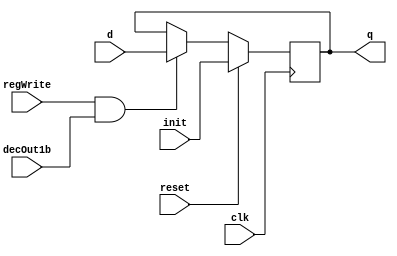

module D_ff_Mem (input clk, input reset, input regWrite, input decOut1b,input init, input d, output reg q);
	always @ (negedge clk)
	begin
	if(reset==1)
		q=init;
	else
		if(regWrite == 1 && decOut1b==1) begin q=d; end
	end
endmodule

module register_Mem(input clk,input reset,input regWrite,input decOut1b,input [15:0]init, input [15:0] d_in, output [15:0] q_out);
	D_ff_Mem dMem0 (clk,reset,regWrite,decOut1b,init[0],d_in[0],q_out[0]);
	D_ff_Mem dMem1 (clk,reset,regWrite,decOut1b,init[1],d_in[1],q_out[1]);
	D_ff_Mem dMem2 (clk,reset,regWrite,decOut1b,init[2],d_in[2],q_out[2]);
	D_ff_Mem dMem3 (clk,reset,regWrite,decOut1b,init[3],d_in[3],q_out[3]);
	
	D_ff_Mem dMem4 (clk,reset,regWrite,decOut1b,init[4],d_in[4],q_out[4]);
	D_ff_Mem dMem5 (clk,reset,regWrite,decOut1b,init[5],d_in[5],q_out[5]);
	D_ff_Mem dMem6 (clk,reset,regWrite,decOut1b,init[6],d_in[6],q_out[6]);
	D_ff_Mem dMem7 (clk,reset,regWrite,decOut1b,init[7],d_in[7],q_out[7]);

	D_ff_Mem dMem8 (clk,reset,regWrite,decOut1b,init[8],d_in[8],q_out[8]);
	D_ff_Mem dMem9 (clk,reset,regWrite,decOut1b,init[9],d_in[9],q_out[9]);
	D_ff_Mem dMem10 (clk,reset,regWrite,decOut1b,init[10],d_in[10],q_out[10]);
	D_ff_Mem dMem11 (clk,reset,regWrite,decOut1b,init[11],d_in[11],q_out[11]);
	
	D_ff_Mem dMem12 (clk,reset,regWrite,decOut1b,init[12],d_in[12],q_out[12]);
	D_ff_Mem dMem13 (clk,reset,regWrite,decOut1b,init[13],d_in[13],q_out[13]);
	D_ff_Mem dMem14 (clk,reset,regWrite,decOut1b,init[14],d_in[14],q_out[14]);
	D_ff_Mem dMem15 (clk,reset,regWrite,decOut1b,init[15],d_in[15],q_out[15]);
	
endmodule

module Mem(input clk, input reset,input memWrite,input memRead, input [15:0] pc, input [15:0] dataIn,output [15:0] IR );
	wire [15:0] Qout0, Qout1, Qout2, Qout3, Qout4, Qout5, Qout6, Qout7,
					Qout8, Qout9, Qout10, Qout11, Qout12, Qout13, Qout14, Qout15,decOut;
	
	decoder4to16 dec0( pc[4:1], decOut);
	
	register_Mem r0(clk,reset,memWrite,decOut[0],16'b 101_0000_1000_01111,dataIn,Qout0); //addi $r8,$r0,15
	register_Mem r1(clk,reset,memWrite,decOut[1],16'b 101_0000_0101_00101,dataIn,Qout1); //addi $r5,$r0,5
	register_Mem r2(clk,reset,memWrite,decOut[2],16'b 101_0000_0010_00010,dataIn,Qout2); //addi $r2,$r0,2
	register_Mem r3(clk,reset,memWrite,decOut[3],16'b 101_0000_0000_00000,dataIn,Qout3); //addi $r0,$r0,0
	
	register_Mem r4(clk,reset,memWrite,decOut[4],16'b 001_1000_1000_00000,dataIn,Qout4); //mul $r8,$r8
	register_Mem r5(clk,reset,memWrite,decOut[5],16'b 100_0000_0000_01001,dataIn,Qout5); //mflo $r9
	register_Mem r6(clk,reset,memWrite,decOut[6],16'b 000_0101_0101_01010,dataIn,Qout6); //add $r10,$r5,$r5
	register_Mem r7(clk,reset,memWrite,decOut[7],16'b 101_0000_0100_00100,dataIn,Qout7);  //addi $r4,$r0,4
	
	register_Mem r8(clk,reset,memWrite,decOut[8],16'b 111_0000_0101_00000,dataIn,Qout8); //sw $r5,$r0(0)
	register_Mem r9(clk,reset,memWrite,decOut[9],16'b 010_1000_0010_00000,dataIn,Qout9); //div $r8,$r2
	register_Mem r10(clk,reset,memWrite,decOut[10],16'b 011_0000_0000_00001,dataIn,Qout10); //mfhi $r1
	register_Mem r11(clk,reset,memWrite,decOut[11],16'b 100_0000_0000_00111,dataIn,Qout11); //mflo $r7
	
	register_Mem r12(clk,reset,memWrite,decOut[12],16'b 000_0000_0000_00000,dataIn,Qout12);	//add $r0,$r0,$r0
	register_Mem r13(clk,reset,memWrite,decOut[13],16'b 110_0000_0110_00000,dataIn,Qout13); //lw $r6,$r0(0)
	register_Mem r14(clk,reset,memWrite,decOut[14],16'b 000_0101_0001_00101,dataIn,Qout14); //add $r5,$r5,$r1
	register_Mem r15(clk,reset,memWrite,decOut[15],16'b 000_0010_0001_00011,dataIn,Qout15); //add $r3,$r2,$r1
	
	mux16to1 mMem (Qout0,Qout1,Qout2,Qout3,Qout4,Qout5,Qout6,Qout7,Qout8,Qout9,Qout10,Qout11,Qout12,Qout13,Qout14,Qout15,pc[4:1],IR);
endmodule

//Memory Design Ends

// Register File Design
module D_ff (input clk, input reset, input regWrite, input decOut1b, input d, output reg q);
	always @ (negedge clk)
	begin
	if(reset==1'b1)
		q=0;
	else
		if(regWrite == 1'b1 && decOut1b==1'b1) begin q=d; end
	end
endmodule

module register16bit( input clk, input reset, input regWrite, input decOut1b, input [15:0] writeData, output  [15:0] outR );
	D_ff d0(clk, reset, regWrite, decOut1b, writeData[0], outR[0]);
	D_ff d1(clk, reset, regWrite, decOut1b, writeData[1], outR[1]);
	D_ff d2(clk, reset, regWrite, decOut1b, writeData[2], outR[2]);
	D_ff d3(clk, reset, regWrite, decOut1b, writeData[3], outR[3]);
	D_ff d4(clk, reset, regWrite, decOut1b, writeData[4], outR[4]);
	D_ff d5(clk, reset, regWrite, decOut1b, writeData[5], outR[5]);
	D_ff d6(clk, reset, regWrite, decOut1b, writeData[6], outR[6]);
	D_ff d7(clk, reset, regWrite, decOut1b, writeData[7], outR[7]);
	D_ff d8(clk, reset, regWrite, decOut1b, writeData[8], outR[8]);
	D_ff d9(clk, reset, regWrite, decOut1b, writeData[9], outR[9]);
	D_ff d10(clk, reset, regWrite, decOut1b, writeData[10], outR[10]);
	D_ff d11(clk, reset, regWrite, decOut1b, writeData[11], outR[11]);
	D_ff d12(clk, reset, regWrite, decOut1b, writeData[12], outR[12]);
	D_ff d13(clk, reset, regWrite, decOut1b, writeData[13], outR[13]);
	D_ff d14(clk, reset, regWrite, decOut1b, writeData[14], outR[14]);
	D_ff d15(clk, reset, regWrite, decOut1b, writeData[15], outR[15]);
endmodule

module registerSet( input clk, input reset, input regWrite, input [15:0] decOut, input [15:0] writeData,  output [15:0] outR0,outR1,outR2,outR3,outR4,outR5,outR6,outR7,outR8,outR9,outR10,outR11,outR12,outR13,outR14,outR15 );
		register16bit r0 (clk, reset, 1'b0, decOut[0] , writeData , outR0 );
		register16bit r1 (clk, reset, regWrite, decOut[1] , writeData , outR1 );
		register16bit r2 (clk, reset, regWrite, decOut[2] , writeData , outR2 );
		register16bit r3 (clk, reset, regWrite, decOut[3] , writeData , outR3 );
		register16bit r4 (clk, reset, regWrite, decOut[4] , writeData , outR4 );
		register16bit r5 (clk, reset, regWrite, decOut[5] , writeData , outR5 );
		register16bit r6 (clk, reset, regWrite, decOut[6] , writeData , outR6 );
		register16bit r7 (clk, reset, regWrite, decOut[7] , writeData , outR7 );
		register16bit r8 (clk, reset, regWrite, decOut[8] , writeData , outR8 );
		register16bit r9 (clk, reset, regWrite, decOut[9] , writeData , outR9 );
		register16bit r10 (clk, reset, regWrite, decOut[10] , writeData , outR10 );
		register16bit r11(clk, reset, regWrite, decOut[11] , writeData , outR11 );
		register16bit r12 (clk, reset, regWrite, decOut[12] , writeData , outR12 );
		register16bit r13 (clk, reset, regWrite, decOut[13] , writeData , outR13 );
		register16bit r14 (clk, reset, regWrite, decOut[14] , writeData , outR14 );
		register16bit r15 (clk, reset, regWrite, decOut[15] , writeData , outR15 );
endmodule

module decoder4to16( input [3:0] destReg, output reg [15:0] decOut);
	always@(destReg)
	case(destReg)
			4'b0000: decOut=16'b0000000000000001; 
			4'b0001: decOut=16'b0000000000000010;
			4'b0010: decOut=16'b0000000000000100;
			4'b0011: decOut=16'b0000000000001000;
			4'b0100: decOut=16'b0000000000010000;
			4'b0101: decOut=16'b0000000000100000;
			4'b0110: decOut=16'b0000000001000000;
			4'b0111: decOut=16'b0000000010000000;
			4'b1000: decOut=16'b0000000100000000; 
			4'b1001: decOut=16'b0000001000000000;
			4'b1010: decOut=16'b0000010000000000;
			4'b1011: decOut=16'b0000100000000000;
			4'b1100: decOut=16'b0001000000000000;
			4'b1101: decOut=16'b0010000000000000;
			4'b1110: decOut=16'b0100000000000000;
			4'b1111: decOut=16'b1000000000000000;
	endcase
endmodule

module mux16to1( input [15:0] outR0,outR1,outR2,outR3,outR4,outR5,outR6,outR7,outR8,outR9,outR10,outR11,outR12,outR13,outR14,outR15, input [3:0] Sel, output reg [15:0] outBus );
	always@(outR0 or outR1 or outR2 or outR3 or outR4 or outR5 or outR6 or outR7 or outR8 or outR9 or outR10 or outR11 or outR12 or outR13 or outR14 or outR15 or Sel)
	case (Sel)
				4'b0000: outBus=outR0;
				4'b0001: outBus=outR1;
				4'b0010: outBus=outR2;
				4'b0011: outBus=outR3;
				4'b0100: outBus=outR4;
				4'b0101: outBus=outR5;
				4'b0110: outBus=outR6;
				4'b0111: outBus=outR7;
				4'b1000: outBus=outR8;
				4'b1001: outBus=outR9;
				4'b1010: outBus=outR10;
				4'b1011: outBus=outR11;
				4'b1100: outBus=outR12;
				4'b1101: outBus=outR13;
				4'b1110: outBus=outR14;
				4'b1111: outBus=outR15;
	endcase
endmodule

module registerFile(input clk, input reset, input regWrite, input [3:0] srcRegA, input [3:0] srcRegB, 
		input [3:0] destReg,  input [15:0] writeData, output [15:0] outBusA, output [15:0] outBusB );
	wire [15:0] decOut;
	wire [15:0] outR0,outR1,outR2,outR3,outR4,outR5,outR6,outR7,outR8,outR9,outR10,outR11,outR12,outR13,outR14,outR15;
	decoder4to16 d0 (destReg,decOut);
	registerSet rSet0(clk, reset, regWrite, decOut, writeData, outR0,outR1,outR2,outR3,outR4,outR5,outR6,outR7,outR8,outR9,outR10,outR11,outR12,outR13,outR14,outR15);
	mux16to1 m1(outR0,outR1,outR2,outR3,outR4,outR5,outR6,outR7,outR8,outR9,outR10,outR11,outR12,outR13,outR14,outR15,srcRegA,outBusA);
	mux16to1 m2(outR0,outR1,outR2,outR3,outR4,outR5,outR6,outR7,outR8,outR9,outR10,outR11,outR12,outR13,outR14,outR15,srcRegB,outBusB);
endmodule
//Register File Design Ends

//Register 4 bits
module register4bit( input clk, input reset, input regWrite, input decOut1b, input [3:0] writeData, output  [3:0] outR );
	D_ff d0(clk, reset, regWrite, decOut1b, writeData[0], outR[0]);
	D_ff d1(clk, reset, regWrite, decOut1b, writeData[1], outR[1]);
	D_ff d2(clk, reset, regWrite, decOut1b, writeData[2], outR[2]);
	D_ff d3(clk, reset, regWrite, decOut1b, writeData[3], outR[3]);
endmodule

//Register 1 bit
module register1bit( input clk, input reset, input regWrite, input decOut1b, input writeData, output outR );
	D_ff d0(clk, reset, regWrite, decOut1b, writeData, outR);
endmodule

//Register 2 bits
module register2bit( input clk, input reset, input regWrite, input decOut1b, input [1:0]writeData, output [1:0] outR );
	D_ff d0(clk, reset, regWrite, decOut1b, writeData[0], outR[0]);
	D_ff d1(clk, reset, regWrite, decOut1b, writeData[1], outR[1]);
endmodule

module adder(input [15:0] in1, input [15:0] in2, output reg [15:0] adder_out);
	always@(in1 or in2)
		adder_out = in1 +in2;
endmodule

module signExt5to16( input [4:0] offset, output reg [15:0] signExtOffset);
	always@(offset)
	begin
			signExtOffset={{11{offset[4]}},offset[4:0]};
	end
endmodule

module mux2to1_16bits(input [15:0] in1, input [15:0] in2, input sel, output reg [15:0] muxout);
	 always@(in1 or in2 or sel)
	 begin
		case(sel)
			1'b0 : muxout = in1;
			1'b1 : muxout = in2;			
		endcase
	 end
endmodule

module mux2to1_4bits(input [3:0] in1, input [3:0] in2, input sel, output reg [3:0] muxout);
	 always@(in1 or in2 or sel)
	 begin
		case(sel)
			0 : muxout = in1;
			1 : muxout = in2;
		endcase
	 end
endmodule

//For Multiplication lo register stores least significant 16 bits of result and hi register stores most significant 16 bits of result
//For Division lo register stores quotient of result and hi register stores remainder of result
module alu(input [15:0] aluIn1, input [15:0] aluIn2, input [1:0] aluOp, output reg [15:0] aluOut1,output reg [15:0] aluOut2);
 reg [31:0] temp;
	always@(aluIn1 or aluIn2 or aluOp)
	begin
		case(aluOp)
			2'b00: aluOut1 = aluIn1 + aluIn2;
			2'b01: 
			begin
				temp = aluIn1 * aluIn2;
				aluOut1 = temp[15:0];
				aluOut2 = temp[31:16];
			end
			2'b10:
			begin
				aluOut1 = aluIn1 / aluIn2;
				aluOut2 = aluIn1 % aluIn2;
			end					 
		endcase
	end
endmodule

module mux4to1_16bits(input [15:0] in1, input [15:0] in2, input [15:0] in3,input [15:0] in4, input [1:0] sel, output reg [15:0] muxout);
	 always@(in1 or in2 or in3 or in4 or sel)
	 begin
		case(sel)
			2'b00 : muxout = in1;
			2'b01 : muxout = in2;
			2'b10 : muxout = in3;
			2'b11 : muxout = in4;
		endcase
	 end
endmodule


module ctrlCkt	( 	input [2:0] opcode, output reg aluSrcB, output reg [1:0] aluOp, output reg hiWrite, output reg loWrite, output reg regDst, output reg memRead, output reg memWrite,output reg regWrite, output reg[1:0] toReg);
	
	//Write your code here
	always@(opcode)
	case(opcode)
	   3'b000: 
	   begin 
	     aluSrcB = 0;
	     aluOp = 0;
	     regDst = 1;
	     hiWrite = 0;
	     loWrite = 0;
	     memRead = 0;
	     memWrite = 0;
	     regWrite = 1;
	     toReg = 2'b11;
	   end  
	   
	   3'b001: 
	   begin 
	     aluSrcB = 0;
	     aluOp = 1;
	     regDst = 0;
	     hiWrite = 1;
	     loWrite = 1;
	     memRead = 0;
	     memWrite = 0;
	     regWrite = 0;
	     toReg = 2'b00;
	   end  
	   
	   3'b010: 
	   begin 
	     aluSrcB = 0;
	     aluOp = 2'b10;
	     regDst = 0;
	     hiWrite = 1;
	     loWrite = 1;
	     memRead = 0;
	     memWrite = 0;
	     regWrite = 0;
	     toReg = 2'b00;
	   end  
	   
	   3'b011: 
	   begin 
	     aluSrcB = 0;
	     aluOp = 0;
	     regDst = 1;
	     hiWrite = 0;
	     loWrite = 0;
	     memRead = 0;
	     memWrite = 0;
	     regWrite = 1;
	     toReg = 2'b00;
	   end  
	   
	   3'b100: 
	   begin 
	     aluSrcB = 0;
	     aluOp = 0;
	     regDst = 1;
	     hiWrite = 0;
	     loWrite = 0;
	     memRead = 0;
	     memWrite = 0;
	     regWrite = 1;
	     toReg = 2'b01;
	   end  
	   
	   3'b101: 
	   begin 
	     aluSrcB = 1;
	     aluOp = 0;
	     regDst = 0;
	     hiWrite = 0;
	     loWrite = 0;
	     memRead = 0;
	     memWrite = 0;
	     regWrite = 1;
	     toReg = 2'b11;
	   end  
	   
	   3'b110: 
	   begin 
	     aluSrcB = 1;
	     aluOp = 0;
	     regDst = 0;
	     hiWrite = 0;
	     loWrite = 0;
	     memRead = 1;
	     memWrite = 0;
	     regWrite = 1;
	     toReg = 2'b10;
	   end  
	
	
	3'b111: 
	   begin 
	     aluSrcB = 1;
	     aluOp = 0;
	     regDst = 0;
	     hiWrite = 0;
	     loWrite = 0;
	     memRead = 0;
	     memWrite = 1;
	     regWrite = 0;
	     toReg = 2'b00;
	   end 
	    
	   endcase
	   
endmodule

module IF_ID(input clk, input reset,input regWrite, input decOut1b,input [15:0] instr, output [15:0] p0_intr);

	//Write your code here
	
	//register16bit( input clk, input reset, input regWrite, input decOut1b, input [15:0] writeData, output  [15:0] outR );
	register16bit register16bit_IF_ID(clk, reset, regWrite, decOut1b, instr, p0_intr);
	
endmodule

module ID_EX(input clk, input reset,input regWrite, input decOut1b,input [15:0] regOut1,input [15:0] regOut2,
  input [15:0] sExtOut,input [3:0] inst_Rt,input [3:0] inst_Rd,input ctr_aluSrcB,input [1:0] ctr_aluOp, input ctr_hiWrite, input ctr_loWrite, 
  input ctr_regDst, input ctr_memRead, input ctr_memWrite,input ctr_regWrite, input[1:0] ctr_toReg,
  output [15:0] p1_regOut1,output [15:0] p1_regOut2,output [15:0] p1_sExtOut,output [3:0] p1_rt,output [3:0] p1_rd,
  output p1_aluSrcB, output [1:0] p1_aluOp, output p1_hiWrite, output p1_loWrite, output p1_regDst, output p1_memRead,
  output p1_memWrite,output p1_regWrite, output[1:0] p1_toReg);

	//Write your code here
	register16bit register16bit_ID_EX_1(clk, reset, regWrite, decOut1b, regOut1, p1_regOut1);    //Reg[Rs]
	register16bit register16bit_ID_EX_2(clk, reset, regWrite, decOut1b, regOut2, p1_regOut2);    //Reg[Rt]
	register16bit register16bit_ID_EX_3(clk, reset, regWrite, decOut1b, sExtOut, p1_sExtOut);    //sExt value
	
	//register4bit( input clk, input reset, input regWrite, input decOut1b, input [3:0] writeData, output  [3:0] outR );
	register4bit register4bit_RT(clk, reset, regWrite, decOut1b, inst_Rt, p1_rt);
  register4bit register4bit_RD(clk, reset, regWrite, decOut1b, inst_Rd, p1_rd);
  
  //Control signals
  register1bit register1bit_aluSrcB(clk, reset, regWrite, decOut1b, ctr_aluSrcB, p1_aluSrcB);
  register2bit register2bit_aluOp(clk, reset, regWrite, decOut1b, ctr_aluOp, p1_aluOp);
  	
	register1bit register1bit_ctr_hiWrite(clk, reset, regWrite, decOut1b, ctr_hiWrite, p1_hiWrite);
  register1bit register1bit_ctr_loWrite(clk, reset, regWrite, decOut1b, ctr_loWrite, p1_loWrite);
  
	register1bit register1bit_ctr_regDst(clk, reset, regWrite, decOut1b, ctr_regDst, p1_regDst);
	register1bit register1bit_ctr_memRead(clk, reset, regWrite, decOut1b, ctr_memRead, p1_memRead);	
	register1bit register1bit_ctr_memWrite(clk, reset, regWrite, decOut1b, ctr_memWrite, p1_memWrite);	

  register1bit register1bit_ctr_ctr_regWrite(clk, reset, regWrite, decOut1b, ctr_regWrite, p1_regWrite);	
  register2bit register2bit_ctr_toReg(clk, reset, regWrite, decOut1b, ctr_toReg, p1_toReg);

endmodule

module EX_MEM(input clk, input reset,input regWrite, input decOut1b,input [15:0] hiOut, input [15:0] loOut,
   input [15:0] aluOut,input [15:0] p1_regOut2,input [3:0] mux4bOut,input p1_memRead, input p1_memWrite,input p1_regWrite,
	input[1:0] p1_toReg,output[15:0] p2_hiOut,output [15:0] p2_loOut,output [15:0] p2_aluOut,
	output [15:0] p2_regOut2,output[3:0] p2_mux4bOut,output p2_memRead, output p2_memWrite,
	output p2_regWrite, output[1:0] p2_toReg );
	
	//Write your code here
	register16bit register16bit_EX_MEM_1(clk, reset, regWrite, decOut1b, hiOut, p2_hiOut);
  register16bit register16bit_EX_MEM_2(clk, reset, regWrite, decOut1b, loOut, p2_loOut);
	register16bit register16bit_EX_MEM_3(clk, reset, regWrite, decOut1b, aluOut, p2_aluOut);
	register16bit register16bit_EX_MEM_4(clk, reset, regWrite, decOut1b, p1_regOut2, p2_regOut2);
	
	register4bit register4bit_RT_OR_RD(clk, reset, regWrite, decOut1b, mux4bOut, p2_mux4bOut);
  
  //control
  register1bit register1bit_p1memRead(clk, reset, regWrite, decOut1b, p1_memRead, p2_memRead);
 	register1bit register1bit_p1memWrite(clk, reset, regWrite, decOut1b, p1_memWrite, p2_memWrite);	
	
	 
	register1bit register1bit_p1regWrite(clk, reset, regWrite, decOut1b, p1_regWrite, p2_regWrite);	
  register2bit register2bit_p1toReg(clk, reset, regWrite, decOut1b,p1_toReg, p2_toReg);
    
	
endmodule

module MEM_WB(input clk, input reset,input regWrite, input decOut1b,input [15:0] p2_hiOut, input [15:0] p2_loOut,
   input [15:0] p2_aluOut,input [15:0] memOut,input [3:0] p2_mux4bOut,input p2_regWrite,input[1:0] p2_toReg,
	output[15:0] p3_hiOut,output [15:0] p3_loOut,output [15:0] p3_aluOut,
	output [15:0] p3_memOut,output[3:0] p3_mux4bOut,output p3_regWrite, output[1:0] p3_toReg );

	//Write your code here
	register16bit register16bit_MEM_WB_1(clk, reset, regWrite, decOut1b, p2_hiOut, p3_hiOut);
  register16bit register16bit_MEM_WB_2(clk, reset, regWrite, decOut1b, p2_loOut, p3_loOut);
  register16bit register16bit_MEM_WB_3(clk, reset, regWrite, decOut1b, p2_aluOut, p3_aluOut);
	register16bit register16bit_MEM_WB_4(clk, reset, regWrite, decOut1b, memOut, p3_memOut);

	
	register4bit register4bit_MEM_WB_1(clk, reset, regWrite, decOut1b, p2_mux4bOut, p3_mux4bOut);
	
	register1bit register1bit_p2regWrite(clk, reset, regWrite, decOut1b, p2_regWrite, p3_regWrite);
	register2bit register2bit_p2toReg(clk, reset, regWrite, decOut1b,p2_toReg, p3_toReg);
	
	endmodule

//topModule
module pipeline(input clk, input reset, output [15:0] Result );
	
	//Write your code here
	
	wire[15:0] adder_out, pc_out, IR, p0_intr, writeData, regOut1, regOut2,signExtOffset;
	wire memWrite, memRead, regWrite;
	
	wire ctr_regDst, ctr_memRead, ctr_memWrite, ctr_regWrite, ctr_aluSrcB, ctr_hiWrite, ctr_loWrite;
	wire[1:0] ctr_aluOp, ctr_toReg,  p1_aluOp, p1_toReg, p2_toReg, p3_toReg;
	
	wire[15:0] p1_regOut1, p1_regOut2, p1_sExtOut;
	wire[3:0] p1_rt, p1_rd, mux4bOut, p2_mux4bOut;
	
	wire p1_aluSrcB, p1_hiWrite, p1_loWrite, p1_regDst, p1_memRead, p1_memWrite, p1_regWrite;
	wire p2_memRead, p2_memWrite, p2_regWrite, p3_regWrite;
	
	wire[15:0] aluIn2;
	wire[15:0] p2_hiOut, p2_loOut, p2_aluOut;
	
	
	wire[15:0] memOut;
	  
  wire[15:0] p3_hiOut, p3_loOut, p3_aluOut, p3_memOut;
  wire[3:0] p3_mux4bOut;
  wire[15:0] aluOut2, aluOut1, hiOut, loOut;
  
	wire[15:0] p2_regOut2;
	
	register16bit PC(clk, reset, 1'b1, 1'b1, adder_out, pc_out);
	adder pc_adder(16'b0000000000000010, pc_out, adder_out);
	
	Mem instr_Mem(clk, reset, 1'b0, 1'b1, pc_out, 16'b0 ,IR );
	IF_ID IF_ID_PipelineReg(clk, reset, 1'b1, 1'b1, IR, p0_intr);
	
	
	/*
	registerFile(input clk, input reset, input regWrite, input [3:0] srcRegA, input [3:0] srcRegB, 
		input [3:0] destReg,  input [15:0] writeData, output [15:0] outBusA, output [15:0] outBusB );
		errors
		ID_EX(input clk, input reset,input regWrite, input decOut1b,input [15:0] regOut1,input [15:0] regOut2,
  input [15:0] sExtOut,input [3:0] inst_Rt,input [3:0] inst_Rd,input ctr_aluSrcB,input [1:0] ctr_aluOp, input ctr_hiWrite, input ctr_loWrite, 
  input ctr_regDst, input ctr_memRead, input ctr_memWrite,input ctr_regWrite, input[1:0] ctr_toReg,
  output [15:0] p1_regOut1,output [15:0] p1_regOut2,output [15:0] p1_sExtOut,output [3:0] p1_rt,output [3:0] p1_rd,
  output p1_aluSrcB, output [1:0] p1_aluOp, output p1_hiWrite, output p1_loWrite, output p1_regDst, output p1_memRead,
  output p1_memWrite,output p1_regWrite, output[1:0] p1_toReg);
		
		EX_MEM(input clk, input reset,input regWrite, input decOut1b,input [15:0] hiOut, input [15:0] loOut,
   input [15:0] aluOut,input [15:0] p1_regOut2,input [3:0] mux4bOut,input p1_memRead, input p1_memWrite,input p1_regWrite,
	input[1:0] p1_toReg,output[15:0] p2_hiOut,output [15:0] p2_loOut,output [15:0] p2_aluOut,
	output [15:0] p2_regOut2,output[3:0] p2_mux4bOut,output p2_memRead, output p2_memWrite,
	output p2_regWrite, output[1:0] p2_toReg );
	
	
	MEM_WB(input clk, input reset,input regWrite, input decOut1b,input [15:0] p2_hiOut, input [15:0] p2_loOut,
   input [15:0] p2_aluOut,input [15:0] memOut,input [3:0] p2_mux4bOut,input p2_regWrite,input[1:0] p2_toReg,
	output[15:0] p3_hiOut,output [15:0] p3_loOut,output [15:0] p3_aluOut,
	output [15:0] p3_memOut,output[3:0] p3_mux4bOut,output p3_regWrite, output[1:0] p3_toReg );
		*/
		// signExt5to16( input [4:0] offset, output reg [15:0] signExtOffset);
		registerFile registerFile1(clk, reset, p3_regWrite, IR[12:9], IR[8:5], p3_mux4bOut,  Result, regOut1, regOut2);
		signExt5to16 signExt5to161(IR[4:0], signExtOffset);

		ID_EX ID_EX_pipelineReg(clk, reset, 1'b1, 1'b1, regOut1, regOut2, signExtOffset, IR[8:5] , IR[3:0], ctr_aluSrcB, ctr_aluOp, ctr_hiWrite, ctr_loWrite,  ctr_regDst, ctr_memRead, ctr_memWrite, ctr_regWrite, ctr_toReg,   p1_regOut1, p1_regOut2, p1_sExtOut, p1_rt, p1_rd, p1_aluSrcB,  p1_aluOp, p1_hiWrite, p1_loWrite, p1_regDst, p1_memRead, p1_memWrite, p1_regWrite, p1_toReg);

 	//	ctrlCkt	( 	input [2:0] opcode, output reg aluSrcB, output reg [1:0] aluOp, output reg hiWrite, output reg loWrite, output reg regDst, output reg memRead, output reg memWrite,output reg regWrite, output reg[1:0] toReg);
	
		ctrlCkt	cntrl( IR[15:13], ctr_aluSrcB, ctr_aluOp, ctr_hiWrite, ctr_loWrite, ctr_regDst, ctr_memRead, ctr_memWrite, ctr_regWrite, ctr_toReg);
	
	 //mux2to1_16bits(input [15:0] in1, input [15:0] in2, input sel, output reg [15:0] muxout);
	 mux2to1_16bits  mux2to1_16bits_aluSRCMUX(p1_regOut2, p1_sExtOut, p1_aluSrcB, aluIn2);
	 mux2to1_4bits mux2to1_4bits1(p1_rt, p1_rd, p1_regDst, mux4bOut);
	 
	 
	 // register16bit( input clk, input reset, input regWrite, input decOut1b, input [15:0] writeData, output  [15:0] outR );
	 register16bit HI(clk, reset, p1_hiWrite, 1'b1, aluOut2, hiOut);
	 register16bit LO(clk, reset, p1_loWrite, 1'b1, aluOut1, loOut);
	 
	  alu alu1(p1_regOut1, aluIn2, p1_aluOp, aluOut1, aluOut2);
	 
	 
	 EX_MEM EX_MEM_pipelineReg(clk, reset, 1'b1, 1'b1, hiOut, loOut, aluOut1, p1_regOut2, mux4bOut, p1_memRead, p1_memWrite, p1_regWrite, p1_toReg, p2_hiOut, p2_loOut, p2_aluOut, p2_regOut2, p2_mux4bOut, p2_memRead, p2_memWrite, p2_regWrite, p2_toReg );
	 
	 
	 //Mem(input clk, input reset,input memWrite,input memRead, input [15:0] pc, input [15:0] dataIn,output [15:0] IR );
  Mem dataMem(clk, reset, p2_memWrite, p2_memRead, p2_aluOut, p2_regOut2, memOut);

    MEM_WB MEM_WB_pipelineREG(clk, reset, 1'b1, 1'b1, p2_hiOut, p2_loOut, p2_aluOut, memOut, p2_mux4bOut, p2_regWrite, p2_toReg, p3_hiOut, p3_loOut, p3_aluOut,	 p3_memOut, p3_mux4bOut, p3_regWrite, p3_toReg);


  //mux4to1_16bits(input [15:0] in1, input [15:0] in2, input [15:0] in3,input [15:0] in4, input [1:0] sel, output reg [15:0] muxout);
	mux4to1_16bits muxfinal(p3_hiOut, p3_loOut, p3_memOut, p3_aluOut, p3_toReg, Result);
	
endmodule

module pipelineTestBench;
	reg clk;
	reg reset;
	wire [15:0] Result;
	pipeline uut (.clk(clk), .reset(reset), .Result(Result));

	always
	#5 clk=~clk;
	
	initial
	begin
		clk=0; reset=1;
		#10  reset=0;	
		
		#210 $finish; 
	end
endmodule